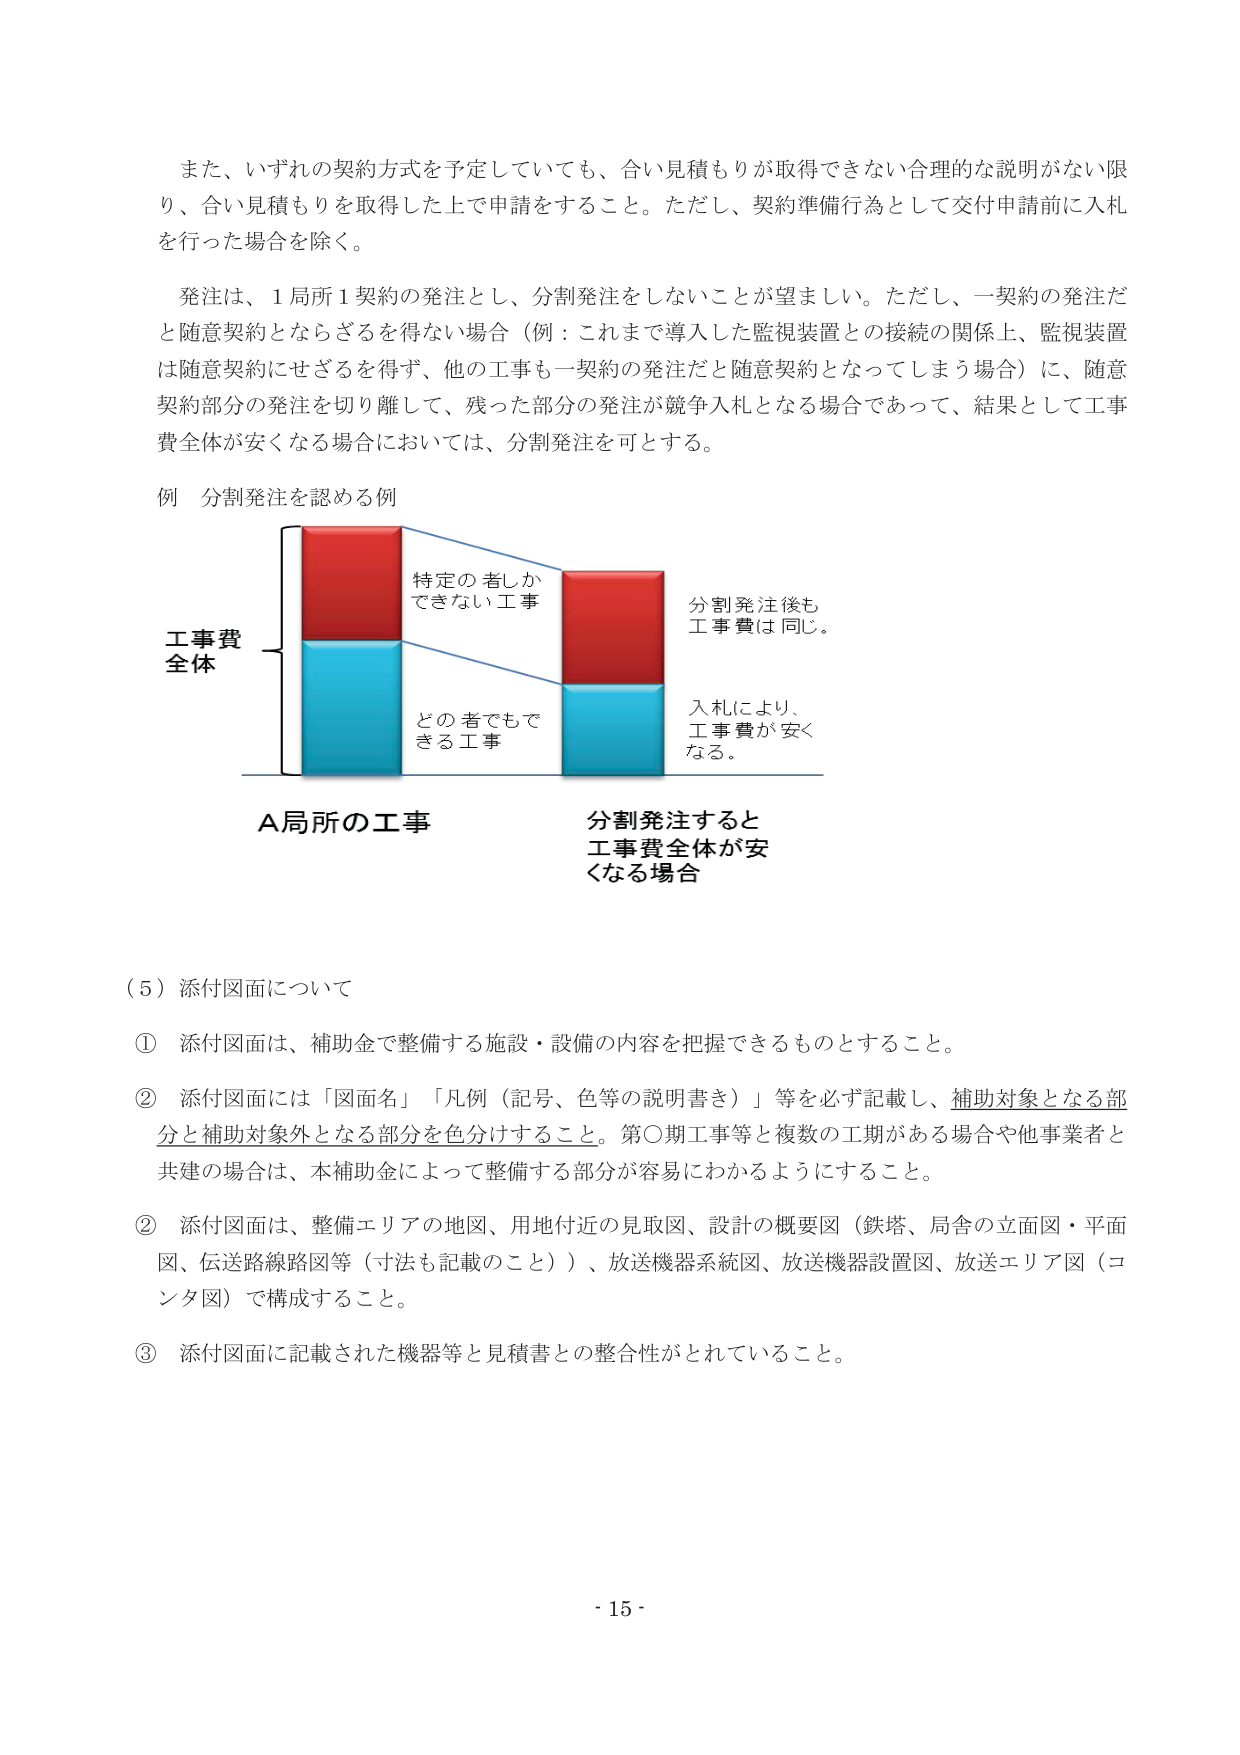
また、いずれの契約方式を予定していても、合い見積もりが取得できない合理的な説明がない限り、合い見積もりを取得した上で申請をすること。ただし、契約準備行為として交付申請前に入札を行った場合を除く。

発注は、1局所1契約の発注とし、分割発注をしないことが望ましい。ただし、一契約の発注だと随意契約とならざるを得ない場合（例：これまで導入した監視装置との接続の関係上、監視装置は随意契約にせざるを得ず、他の工事も一契約の発注だと随意契約となってしまう場合）に、随意契約部分の発注を切り離して、残った部分の発注が競争入札となる場合であって、結果として工事費全体が安くなる場合においては、分割発注を可とする。

例 分割発注を認める例

工事費
全体

特定の者しか
できない工事

どの者でもで
きる工事

A局所の工事

分割発注後も
工事費は同じ。

入札により、
工事費が安く
なる。

分割発注すると
工事費全体が安
くなる場合

（5）添付図面について

① 添付図面は、補助金で整備する施設・設備の内容を把握できるものとすること。

② 添付図面には「図面名」「凡例（記号、色等の説明書き）」等を必ず記載し、補助対象となる部分と補助対象外となる部分を色分けすること。第○期工事等と複数の工期がある場合や他事業者と共建の場合は、本補助金によって整備する部分が容易にわかるようにすること。

② 添付図面は、整備エリアの地図、用地付近の見取図、設計の概要図（鉄塔、局舎の立面図・平面図、伝送路線路図等（寸法も記載のこと））、放送機器系統図、放送機器設置図、放送エリア図（コンタ図）で構成すること。

③ 添付図面に記載された機器等と見積書との整合性がとれていること。

- 15 -